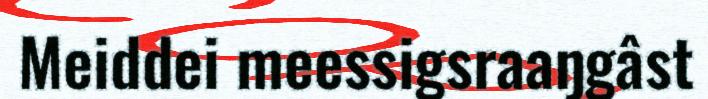
Meiddei meessigsraaŋgâst